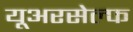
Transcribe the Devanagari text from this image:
यूअरसेल्फ